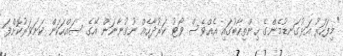
"މިފަހަރު އަޅުގަނޑުމެންގެ ހިންތިހާބުގައި އެއްވެސް ވޯޓު ކަރުދާހެއް ނުގުނާނަން އޭގެ ސައްހަކަން ކަށަވަރުކޮށްފަ